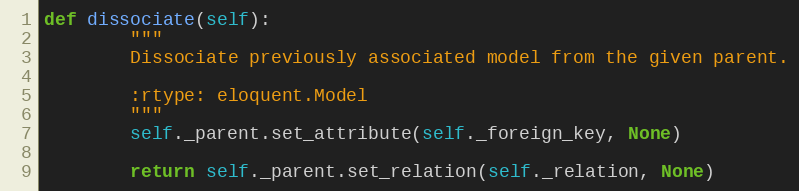
Language: Python
def dissociate(self):
        """
        Dissociate previously associated model from the given parent.

        :rtype: eloquent.Model
        """
        self._parent.set_attribute(self._foreign_key, None)

        return self._parent.set_relation(self._relation, None)